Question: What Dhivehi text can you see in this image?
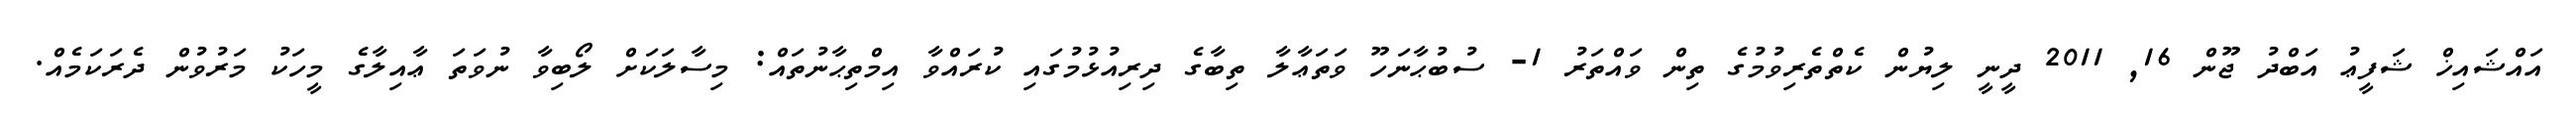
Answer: އައްޝައިޚް ޝަފީޢު އަބްދު ޖޫން 16, 2011 ދީނީ ލިޔުން ކެތްތެރިވުމުގެ ތިން ވައްތަރު 1- ސުބުޙާނަހޫ ވަތަޢާލާ ތިބާގެ ދިރިއުޅުމުގައި ކުރައްވާ އިމްތިޙާނުތައް: މިސާލަކަށް ލޯބިވާ ނުވަތަ ޢާއިލާގެ މީހަކު މަރުވުން ދެރަކަމެއް.